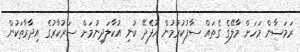
ރަމަޟާން މަހަށް މާލޭގެ ގެތައް ސާފުކުރުމުން އުފެދޭ ކުނި އުކާލަދިނުމަށް ސަރުކާރުގެ އިދާރާތަކުން